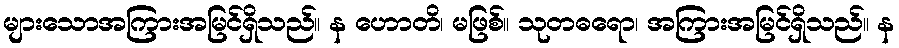
များသောအကြားအမြင်ရှိသည်။ န ဟောတိ၊ မဖြစ်။ သုတဓရော၊ အကြားအမြင်ရှိသည်။ န